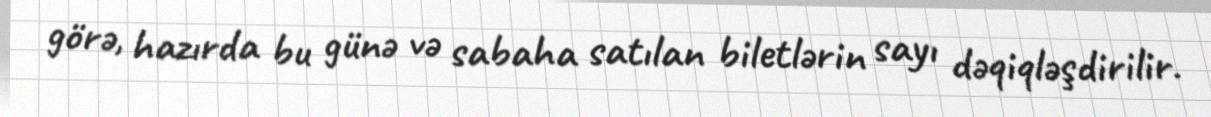
görə, hazırda bu günə və sabaha satılan biletlərin sayı dəqiqləşdirilir.